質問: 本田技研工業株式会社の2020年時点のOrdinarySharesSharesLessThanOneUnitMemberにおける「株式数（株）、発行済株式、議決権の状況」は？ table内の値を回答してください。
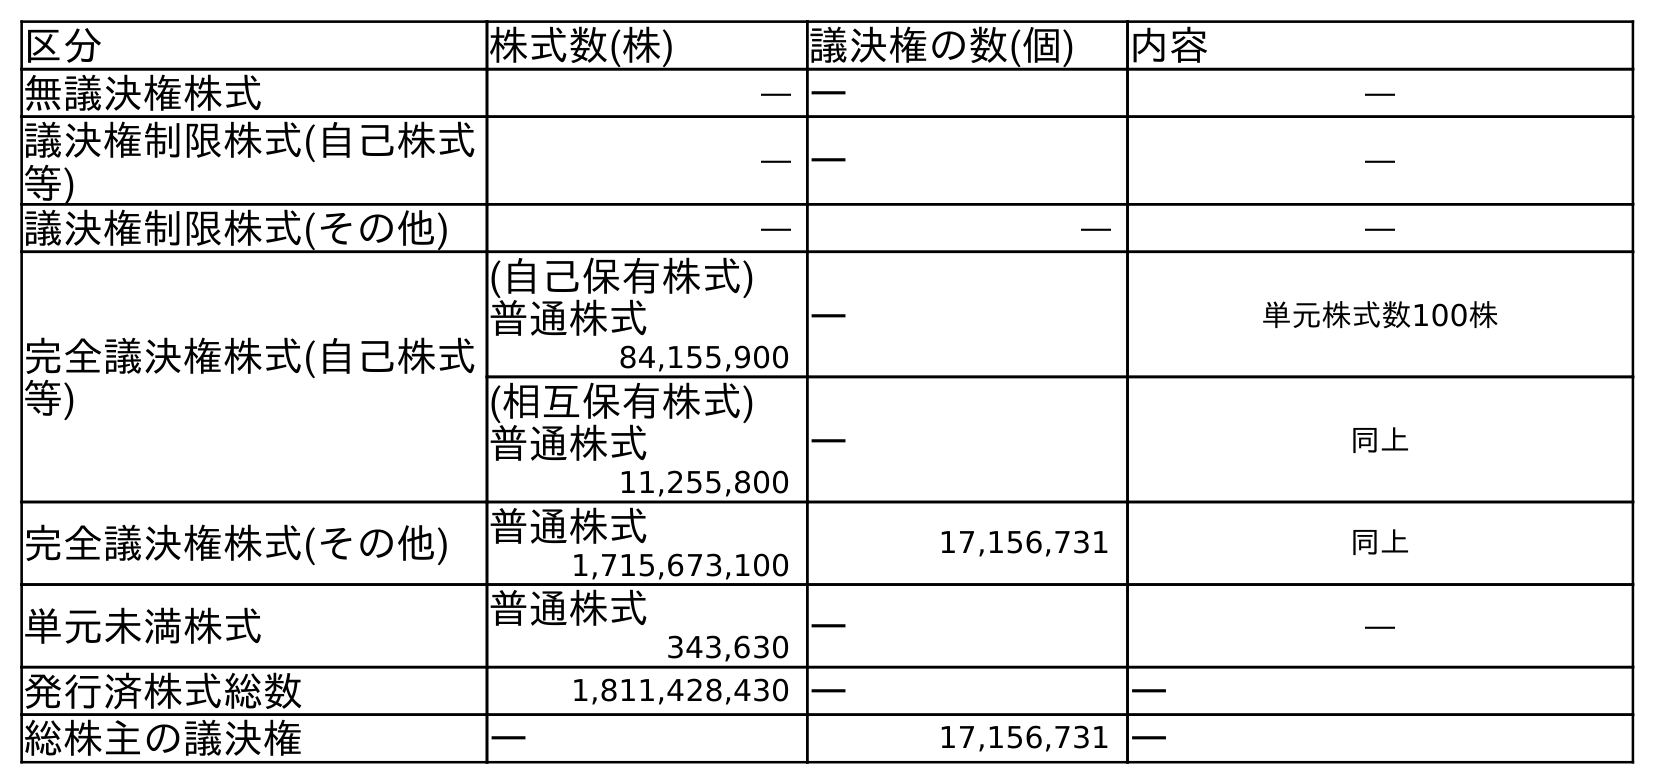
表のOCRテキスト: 区分 株式数(株) 議決権の数(個) 内容 無議決権株式 ― ― ― 議決権制限株式(自己株式 等) ― ― ― 議決権制限株式(その他) ― ― ― 完全議決権株式(自己株式 等) (自己保有株式) 普通株式 ― 単元株式数100株 84,155,900 (相互保有株式) 普通株式 ― 同上 11,255,800 完全議決権株式(その他) 普通株式 17,156,731 同上 1,715,673,100 単元未満株式 普通株式 ― ― 343,630 発行済株式総数 1,811,428,430 ― ― 総株主の議決権 ― 17,156,731 ―
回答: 343,630